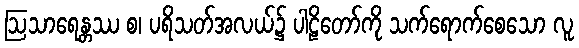
ဩသာရေန္တဿ စ၊ ပရိသတ်အလယ်၌ ပါဠိတော်ကို သက်ရောက်စေသော လူ